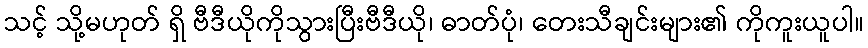
သင့် သို့မဟုတ် ရှိ ဗီဒီယိုကိုသွားပြီးဗီဒီယို၊ ဓာတ်ပုံ၊ တေးသီချင်းများ၏ ကိုကူးယူပါ။